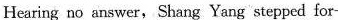
Hearing no answer, Shang Yang stepped for-